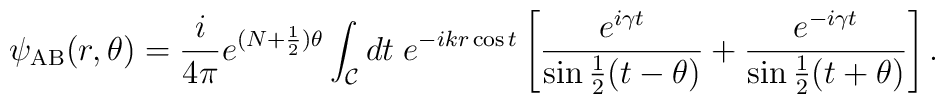
\psi_{\rm AB}(r,\theta)={i\over 4\pi}e^{(N+{1\over2})\theta} \int_{\cal C}dt\;e^{-ikr\cos t}\left[{e^{i\gamma t}\over\sin{1\over2}(t-\theta)}+{e^{-i\gamma t}\over\sin{1\over2}(t+\theta)}\right].